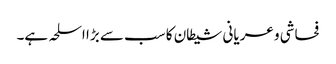
فحاشی و عریانی شیطان کا سب سے بڑا اسلحہ ہے۔